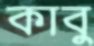
কাবু